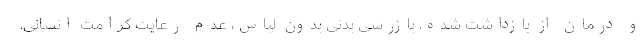
و درمان از بازداشت شده، بازرسی بدنی بدون لباس، عدم رعایت کرامت انسانی،